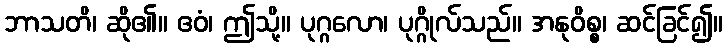
ဘာသတိ၊ ဆို၏။ ဧဝံ၊ ဤသို့။ ပုဂ္ဂလော၊ ပုဂ္ဂိုလ်သည်။ အနုဝိစ္စ၊ ဆင်ခြင်၍။